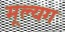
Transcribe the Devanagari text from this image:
मूल्यग